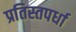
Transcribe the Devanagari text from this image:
प्रतिस्तपर्धा